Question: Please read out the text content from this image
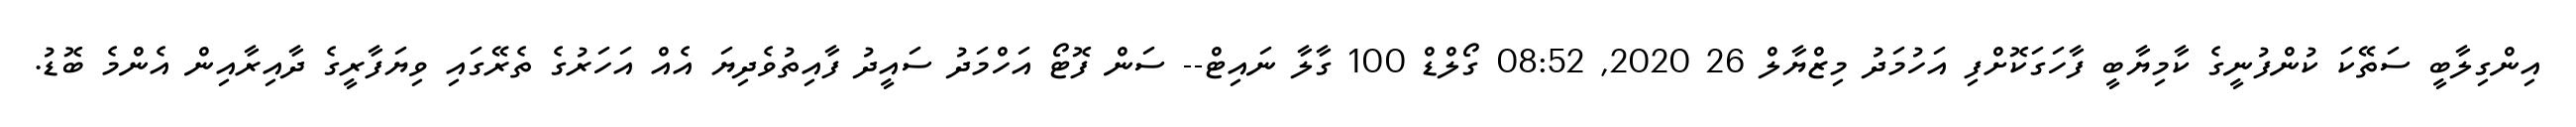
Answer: އިންގިލާބީ ސަތޭކަ ކުންފުނީގެ ކާމިޔާބީ ފާހަގަކޮށްފި އަހުމަދު މިޒްޔާލް 26 2020, 08:52 ގޯލްޑް 100 ގާލާ ނައިޓް-- ސަން ފޮޓޯ އަހްމަދު ސައީދު ފާއިތުވެދިޔަ އެއް އަހަރުގެ ތެރޭގައި ވިޔަފާރީގެ ދާއިރާއިން އެންމެ ބޮޑު.